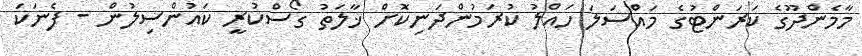
މާމެންދޫގެ ކަރަންޓުގެ މައްސަލަ ހައްލު ކުރަމުންދަނިކޮށް ޚާލަތު ގޯސްކުރީ ކައުންސިލުން - ފެނަކަ